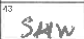
Transcription: SHW